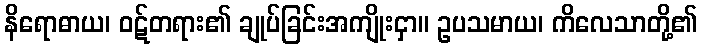
နိရောဓာယ၊ ဝဋ်တရား၏ ချုပ်ခြင်းအကျိုးငှာ။ ဥပသမာယ၊ ကိလေသာတို့၏